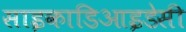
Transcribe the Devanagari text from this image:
साइकाडिआइडेसी